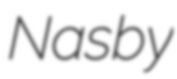
Nasby